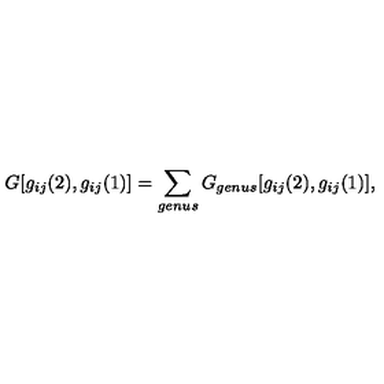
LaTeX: G [ g _ { i j } ( 2 ) , g _ { i j } ( 1 ) ] = \sum _ { g e n u s } G _ { g e n u s } [ g _ { i j } ( 2 ) , g _ { i j } ( 1 ) ] ,